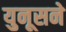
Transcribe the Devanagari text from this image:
युनूसने